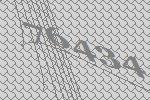
76434